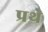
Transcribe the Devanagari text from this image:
प्रथे